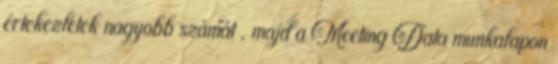
értekezletek nagyobb számát , majd a Meeting Data munkalapon